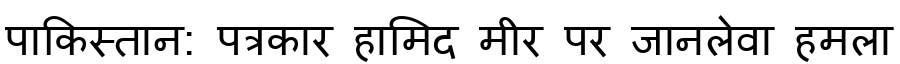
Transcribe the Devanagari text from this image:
पाकिस्तान: पत्रकार हामिद मीर पर जानलेवा हमला